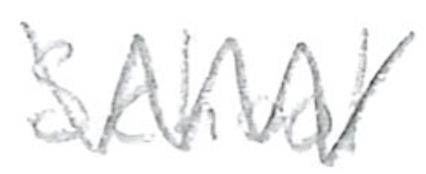
Text: School
Cross-out: zig-zag
Writing tool: pencil